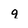
Character: q